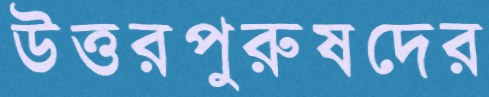
উত্তরপুরুষদের